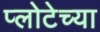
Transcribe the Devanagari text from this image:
प्लोटेच्या